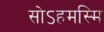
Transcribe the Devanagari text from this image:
सोऽहमस्मि